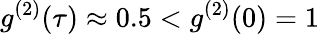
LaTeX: g^{(2)}(\tau)\approx 0.5<g^{(2)}(0)=1